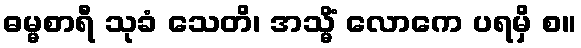
ဓမ္မစာရီ သုခံ သေတိ၊ အသ္မိံ လောကေ ပရမှိ စ။